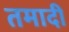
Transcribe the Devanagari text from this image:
तमादी